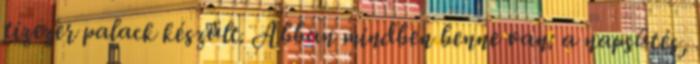
tízezer palack készült. Abban mindben benne van: a napsütés,